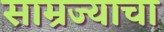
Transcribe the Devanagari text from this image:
साम्रज्याचा